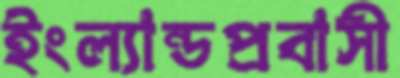
ইংল্যান্ডপ্রবাসী